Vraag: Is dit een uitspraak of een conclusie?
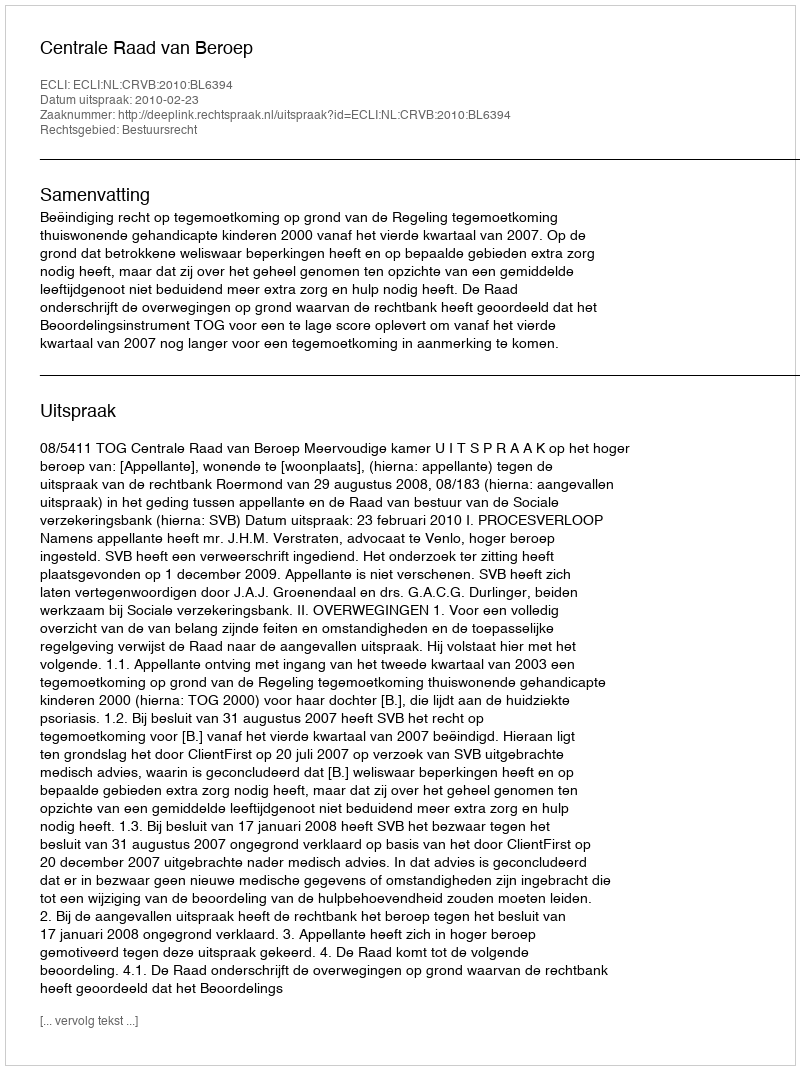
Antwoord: Uitspraak